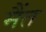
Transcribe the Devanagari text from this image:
मैंत